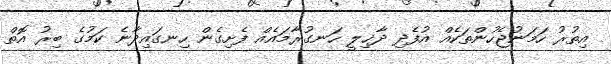
އިތުރު ހަމަނުޖެހުންތަކެއް އުފެދި ދާޚިލީ ހަނގުރާމައެއް ފެށިގެން ހިނގައިދާނެ ކަމުގެ ބިރު އޮތް